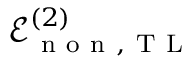
\mathcal { E } _ { \mathrm { ~ n ~ o ~ n ~ } , \mathrm { ~ T ~ L ~ } } ^ { ( 2 ) }